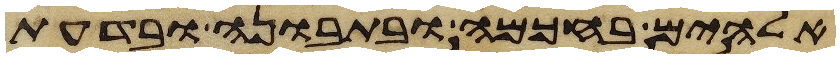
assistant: אלהים בחכמה ובתבונה ובדעת